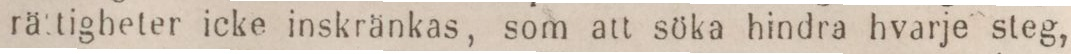
rättigheter icke inskränkas, som att söka hindra hvarje steg,